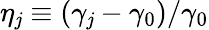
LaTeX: \eta_{\mathit{j}}\equiv(\gamma_{\mathit{j}}-\gamma_{0})/\gamma_{0}